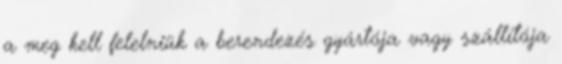
a meg kell felelniük a berendezés gyártója vagy szállítója